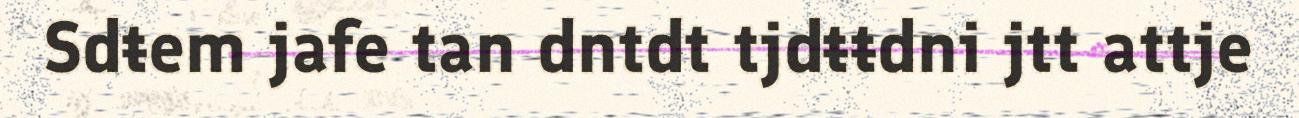
Sdŧem jafe tan dntdt tjdŧŧdni jtt attje